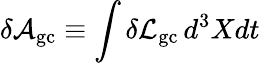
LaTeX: \delta{\cal A}_{\mathrm{gc}}\equiv\int\delta{\cal L}_{\mathrm{gc}}\, d^{3}Xdt